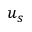
u _ { s }